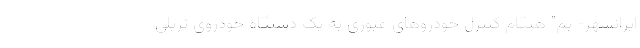
ایرانشهر- بم" هنگام کنترل خودروهای عبوری به یک دستگاه خودروی تریلی